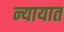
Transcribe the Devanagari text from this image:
न्यायात